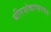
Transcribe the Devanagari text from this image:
धीरशंकरभरणम